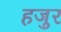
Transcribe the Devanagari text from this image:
हजुर